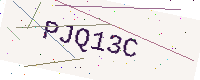
Text: PJQ13C